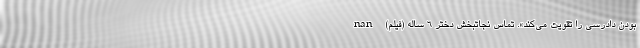
بودن دادرسی را تقویت می‌کند». تماس نجاتبخش دختر ۶ ساله (فیلم) nan